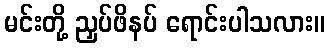
မင်းတို့ ညှပ်ဖိနပ် ရောင်းပါသလား။